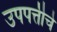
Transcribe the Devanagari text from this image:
उपपत्तीचे